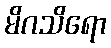
မိဂသိရော